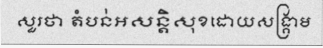
សួរថា តំបន់អសន្តិសុខដោយសង្គ្រាម